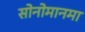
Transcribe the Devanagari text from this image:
सोनोमानमा